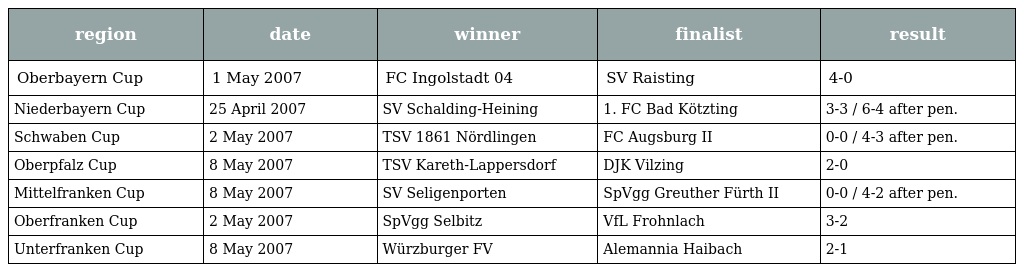
| region | date | winner | finalist | result |
 | --- | --- | --- | --- | --- |
 | Oberbayern Cup | 1 May 2007 | FC Ingolstadt 04 | SV Raisting | 4-0 |
 | Niederbayern Cup | 25 April 2007 | SV Schalding-Heining | 1. FC Bad Kötzting | 3-3 / 6-4 after pen. |
 | Schwaben Cup | 2 May 2007 | TSV 1861 Nördlingen | FC Augsburg II | 0-0 / 4-3 after pen. |
 | Oberpfalz Cup | 8 May 2007 | TSV Kareth-Lappersdorf | DJK Vilzing | 2-0 |
 | Mittelfranken Cup | 8 May 2007 | SV Seligenporten | SpVgg Greuther Fürth II | 0-0 / 4-2 after pen. |
 | Oberfranken Cup | 2 May 2007 | SpVgg Selbitz | VfL Frohnlach | 3-2 |
 | Unterfranken Cup | 8 May 2007 | Würzburger FV | Alemannia Haibach | 2-1 |